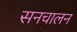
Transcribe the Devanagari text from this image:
सनचालन